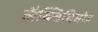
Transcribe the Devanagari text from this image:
लैक्विनिमोड